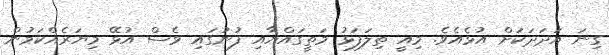
ގިނަ އަދަދަކަށް އުޅެއެވެ. މިއީ ތިލަފަޅު މަތީގައްޔާއި ފުނުގައި ވެސް އުޅޭ މިޔަރެެއްކަމުން